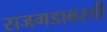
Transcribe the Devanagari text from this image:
राजगडावरती